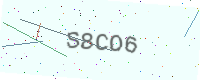
Text: S8CO6